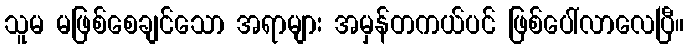
သူမ မဖြစ်စေချင်သော အရာများ အမှန်တကယ်ပင် ဖြစ်ပေါ်လာလေပြီ။